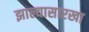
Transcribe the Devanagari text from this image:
झाल्यासारखा